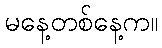
မနေ့တစ်နေ့က။